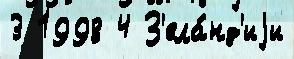
3 1998 4 З'ела́нд'иjи